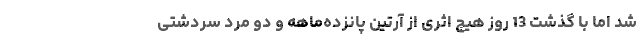
شد اما با گذشت 13 روز هیچ اثری از آرتین پانزده‌ماهه و دو مرد سردشتی